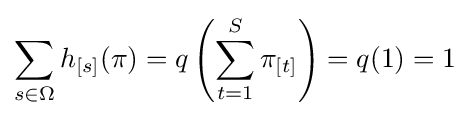
\sum _{s\in \Omega }h_{[s]}(\mathbf {\pi } )=q\left(\sum \limits _{t=1}^{S}\pi _{[t]}\right)=q(1)=1